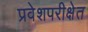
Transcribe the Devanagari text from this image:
प्रवेशपरीक्षेत